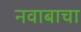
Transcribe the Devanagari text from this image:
नवाबाचा